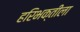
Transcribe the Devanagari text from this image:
हरिभक्तीला